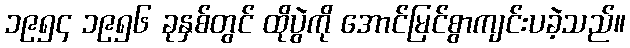
၁၉၅၄ ၁၉၅၆ ခုနှစ်တွင် ထိုပွဲကို အောင်မြင်စွာကျင်းပခဲ့သည်။